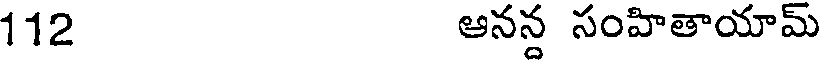
112 ఆనన్ద సంహితాయామ్